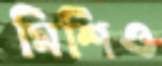
মিশিও